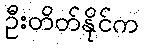
ဦးတိတ်နိုင်က